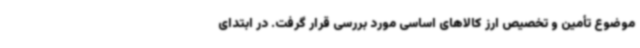
موضوع تأمین و تخصیص ارز کالاهای اساسی مورد بررسی قرار گرفت. در ابتدای